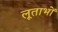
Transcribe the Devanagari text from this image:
लूताभों